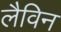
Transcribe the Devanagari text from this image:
लैविन